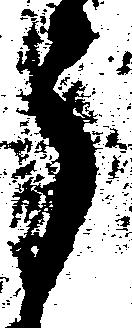
う